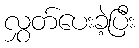
လွှတ်ပေးခဲ့ပြီး